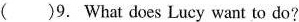
( )9. What does Lucy want to do?